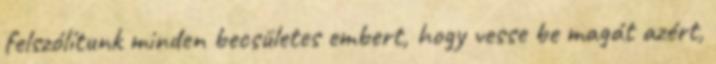
felszólítunk minden becsületes embert, hogy vesse be magát azért,